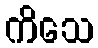
ကိသေ